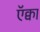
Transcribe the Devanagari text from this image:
ऍक्वा